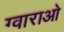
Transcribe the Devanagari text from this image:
ग्वाराओ